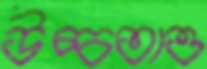
উচ্চতাও